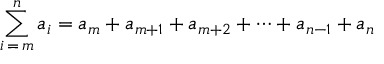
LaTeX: \sum _ { i \mathop { = } m } ^ { n } a _ { i } = a _ { m } + a _ { m + 1 } + a _ { m + 2 } + \cdots + a _ { n - 1 } + a _ { n }